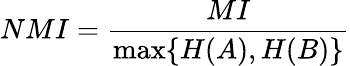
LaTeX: NMI=\frac{MI}{\operatorname*{max}\{ H(A),H(B)\} }